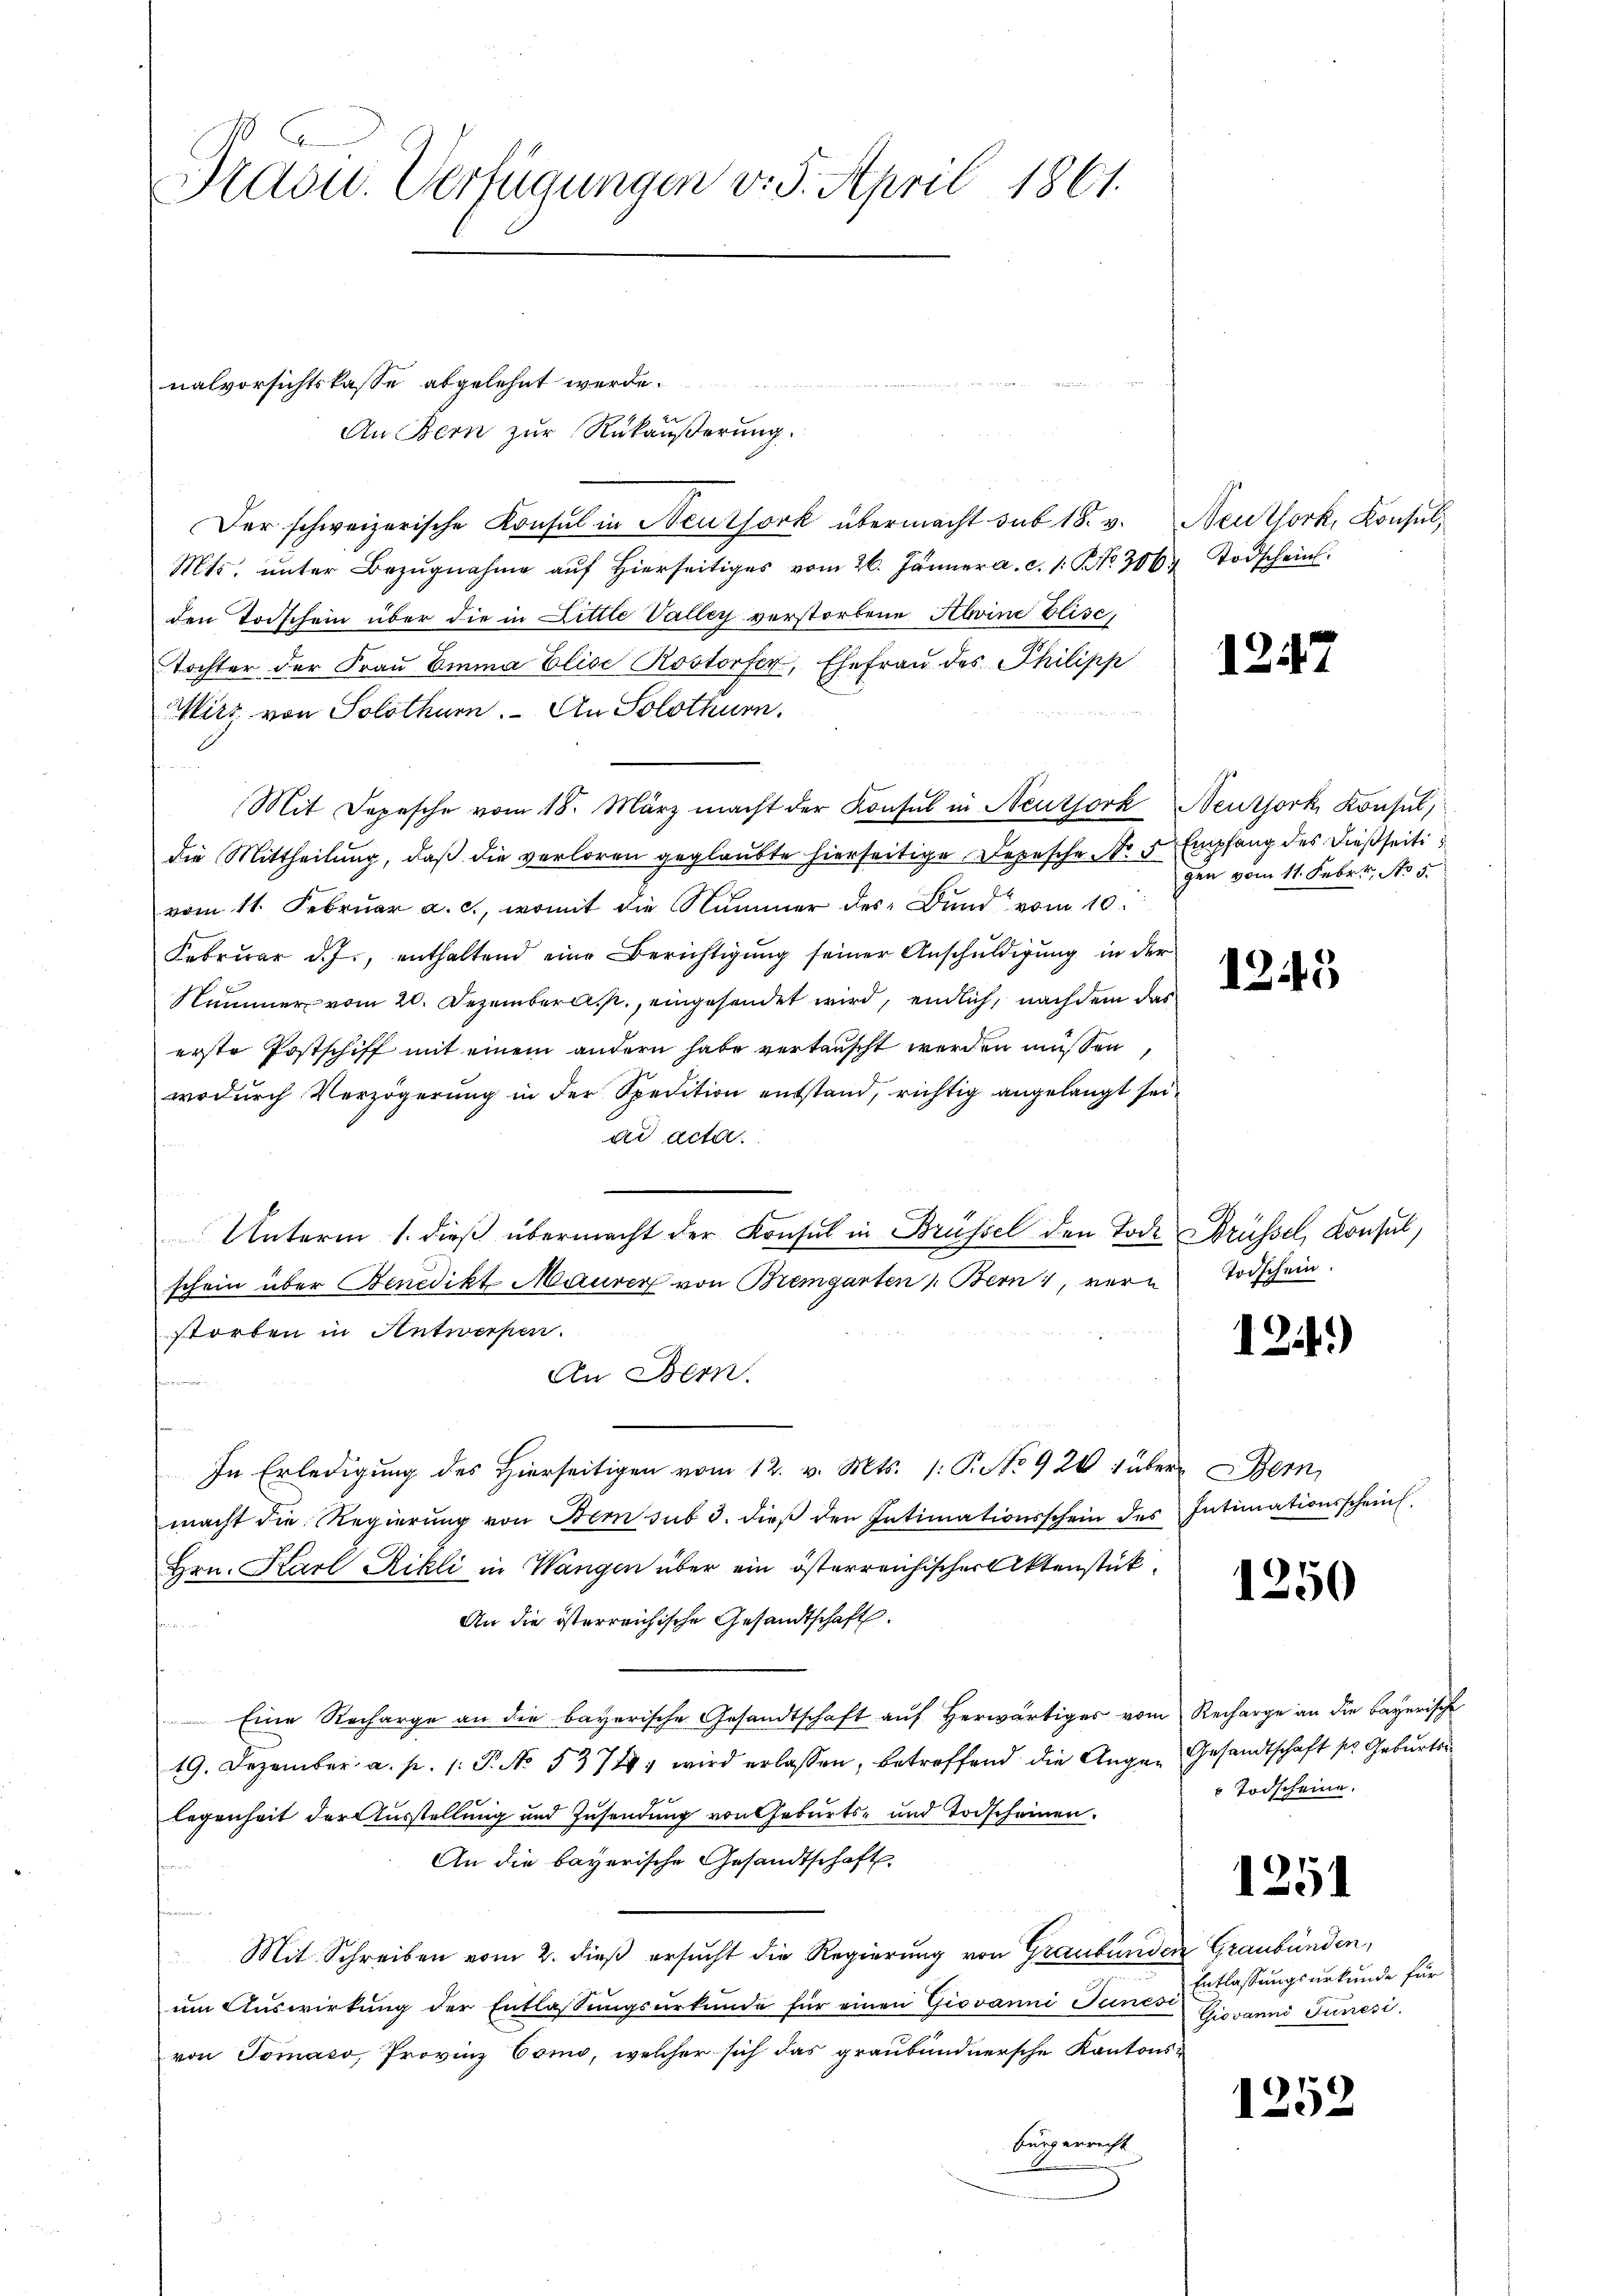
Kaduc. Verfügungen v. 5. April 1861.

An Bern zur Rükäußerung.
Der schweizerische Konsul in Neursork übermacht sub 18. v. Neuthork, Konsul,
Mts. unter Bezŭgnahme aŭf hierseitiges vom 26. Jänner a. c. 1. No. 306. Todschein.
den Todschein über die in Little Valley verstorbene Kleine Elise,
Tochter der Frau Emma Elise Rostorfer, Ehefrau des Philipp
 1. Mart
Mirz von Solothur. An Solothurn
nd
Mit Depesche vom 18. März macht der Konsul in Neuthork Neuthork, Konsul,
die Mittheilung, daβ die verloren geglaubte hierseitige Depesche Nr. 5 Empfang des dießseiti
vom 11. Februar a. c., womit die Nummer des Bund“ vom 10.
Febrŭar d. J., enthaltend eine Berichtigŭng seiner Anschŭldigung in der
Nummer vom 20. Dezember, eingesendet wird, endlich, nachdem das
erste Postschiff mit einem andern habe vertauscht werden müssen,
wodurch Verzögerung in der Spedition entstand, richtig angelangt sei,
ad acta.
Unterm 1. dieß übermacht der Konsul in Brüssel den Tode Brüssel, Konsul
schein über Benedikt Maurer von Bremgarten /: Bern, vern
storben in Antwerpen.
An Bern.
In Erledigung des Hierseitigen vom 12. v. Mts. 1: P. No 926 ; über Bern,
macht die Regierŭng von Bern sub 3. dieβ der Intimationsschein des Intimationsscheint.
Hrn. Karl Rikli in Wangen über ein österreichischer Aktenstück
An die österreichische Gesandtschaft.
 Eine Recharge an die bayerische Gesandtschaft aŭf herwärtiges vom Recharge an die bayerische
19. Dezember a. p. 1. P. No. 5371 wird erlassen, betreffend die Augen Gesandtschaft so Geburts
legenheit der Ausstellung und Zusendung von Geburts- und Todscheinen.
An die bayerische Gesandtschaft
Mit Schreiben vom 2. dieß ersucht die Regierung von Graubünden Graubünden,
um Auswirkung der Entlassungsurkunde für einen Giovanni Junesi
von Tomaso, Provinz Como, welcher sich das graubündnersche Kantons-
bürgerrecht

nalvorsichtslasse abgelehnt werde.

12.

gen vom 11. Febr., No 5.

1245

Todschein.

1241)

1250

Todscheine.

1251

Entlassungsurkunde für
Giovanni Junesi

1252